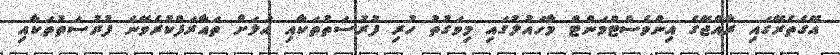
އޭގެތެރޭގައި ރާއްޖޭގެ އިންވެސްޓްމަންޓް މާހައުލުގައި މިވަގުތު ހުރި ފުރުސަތުތަކާއި އަލަށް ތައާރަފްކުރެވޭނެ ފުރުސަތުތަކާއި